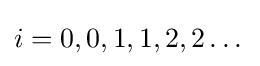
i=0,0,1,1,2,2\dots